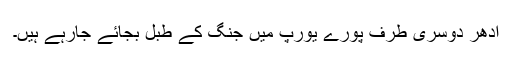
ادھر دوسری طرف پورے یورپ میں جنگ کے طبل بجائے جارہے ہیں۔